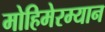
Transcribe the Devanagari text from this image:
मोहिमेरम्यान